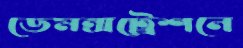
ডেমন্সট্রেশনে